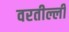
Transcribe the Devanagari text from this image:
वरतील्ली